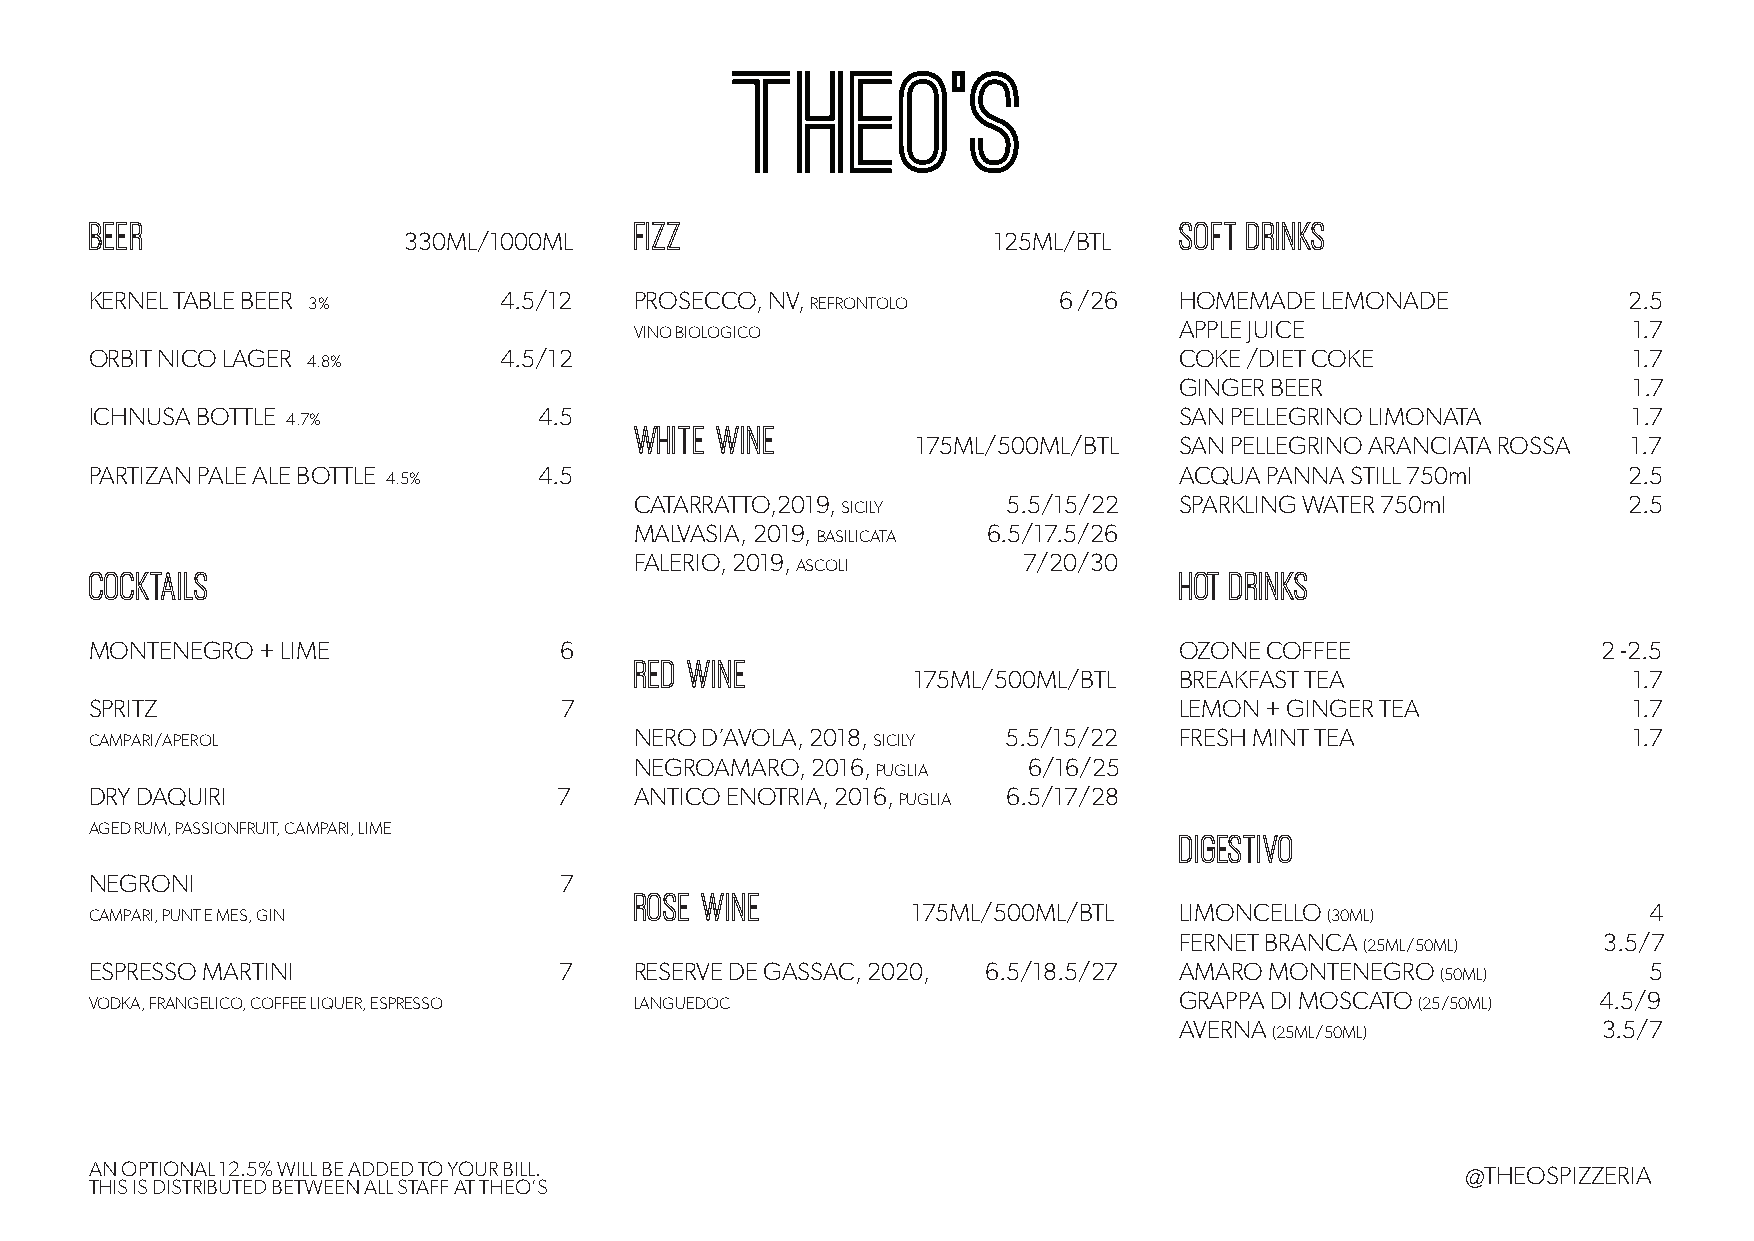
BEER                                FIZZ                                SOFT DRINKS
 330ML/1000ML                           125ML/BTL
 KERNEL TABLE BEER          4.5/12   PROSECCO, NV,               6 /26   HOMEMADE  LEMONADE            2.5
 3%                                REFRONTOLO
 APPLE JUICE                   1.7
 VINO BIOLOGICO
 ORBIT NICO LAGER           4.5/12                                       COKE /DIET COKE               1.7
 4.8%
 GINGER BEER                   1.7
 ICHNUSA BOTTLE                4.5                                       SAN PELLEGRINO LIMONATA       1.7
 4.7%                   WHITE WINE
 175ML/500ML/BTL  SAN PELLEGRINO ARANCIATA ROSSA 1.7
 PARTIZAN PALE ALE BOTTLE      4.5                                       ACQUA PANNA STILL 750ml       2.5
 4.5%
 CATARRATTO,2019,         5.5/15/22  SPARKLING WATER 750ml         2.5
 SICILY
 MALVASIA, 2019,        6.5/17.5/26
 BASILICATA
 FALERIO, 2019,            7/20/30
 COCKTAILS                                      ASCOLI                   HOT DRINKS
 MONTENEGRO + LIME              6                                        OZONE COFFEE                2 -2.5
 RED WINE
 175ML/500ML/BTL   BREAKFAST TEA                 1.7
 SPRITZ                         7                                        LEMON + GINGER TEA            1.7
 NERO D’AVOLA, 2018,      5.5/15/22  FRESH MINT TEA                1.7
 CAMPARI/APEROL                                      SICILY
 NEGROAMARO, 2016,         6/16/25
 PUGLIA
 DRY DAQUIRI                    7    ANTICO ENOTRIA, 2016,    6.5/17/28
 PUGLIA
 AGED RUM, PASSIONFRUIT, CAMPARI, LIME                                   digestivo
 NEGRONI                        7
 rose wine
 175ML/500ML/BTL   LIMONCELLO                     4
 CAMPARI, PUNT E MES, GIN                                                          (30ML)
 FERNET BRANCA               3.5/7
 (25ML/50ML)
 ESPRESSO MARTINI               7    RESERVE DE GASSAC, 2020, 6.5/18.5/27 AMARO MONTENEGRO              5
 (50ML)
 GRAPPA DI MOSCATO           4.5/9
 VODKA, FRANGELICO, COFFEE LIQUER, ESPRESSO LANGUEDOC                                    (25/50ML)
 AVERNA                      3.5/7
 (25ML/50ML)
 AN OPTIONAL 12.5% WILL BE ADDED TO YOUR BILL.                                              @THEOSPIZZERIA
 THIS IS DISTRIBUTED BETWEEN ALL STAFF AT THEO’S